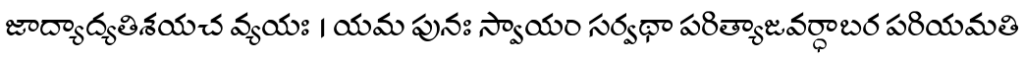
జాద్యాద్యతిశయచ వ్యయః । యమ పునః స్వాయం సర్వథా పరిత్యాజవర్ధాబర పరియమతి